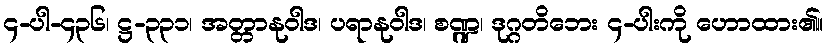
၄-ပါ-၄၃၆၊ ဋ္ဌ-၃၃၁၊ အတ္တာနုဝါဒ၊ ပရာနုဝါဒ၊ စဏ္ဍ၊ ဒုဂ္ဂတိဘေး ၄-ပါးကို ဟောထား၏။